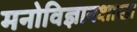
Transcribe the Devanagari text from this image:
मनोविज्ञानशाखा